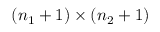
( n _ { 1 } + 1 ) \times ( n _ { 2 } + 1 )